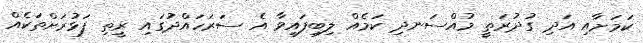
ކަމަށާއި އަދި ގުދުރަތީ މުއްސަނދި ކަމެއް ލިބިފައިވާ އެ ސަރަހައްދުގައި ރީތި ފަޅުރަށްތަކެއް